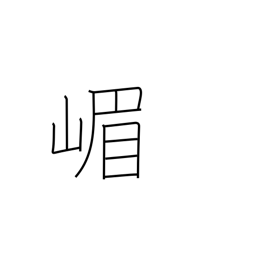
Meaning: place name